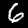
Digit: 6